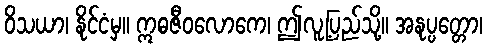
ဝိသယာ၊ နိုင်ငံမှ။ ဣဓဇီဝလောကေ၊ ဤလူ့ပြည်သို့။ အနုပ္ပတ္တော၊